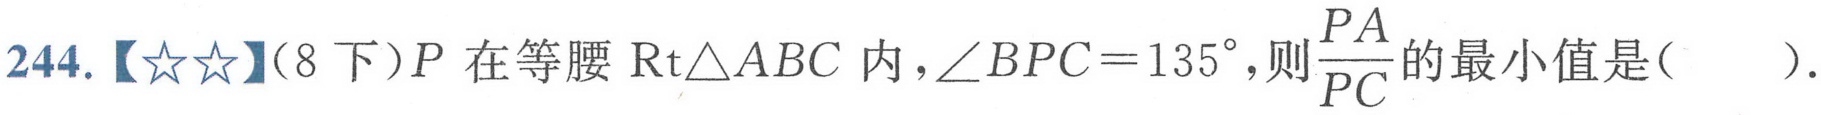
244.【☆☆】（8下）\(P\)在等腰\(\text{Rt}\triangle ABC\)内，\(\angle BPC = 135^{\circ}\)，则\(\frac{PA}{PC}\)的最小值是(  ).